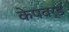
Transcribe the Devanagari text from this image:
केपवर्ड